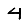
Digit: 4